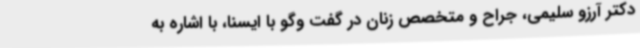
دکتر آرزو سلیمی، جراح و متخصص زنان در گفت وگو با ایسنا، با اشاره به